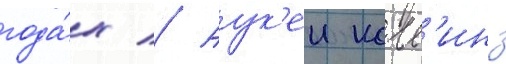
года́х // Аук'еи колл'инз